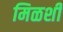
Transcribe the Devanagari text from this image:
मिळशी